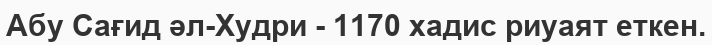
Абу Сағид әл-Худри - 1170 хадис риуаят еткен.